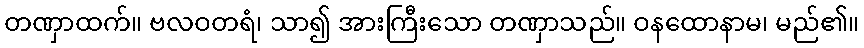
တဏှာထက်။ ဗလဝတရံ၊ သာ၍ အားကြီးသော တဏှာသည်။ ဝနထောနာမ၊ မည်၏။